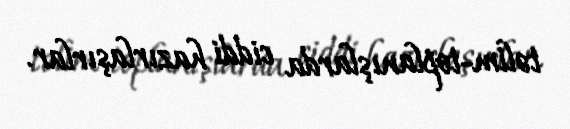
təlim-toplanışlarda ciddi hazırlaşırlar.